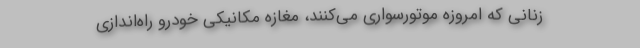
زنانی که امروزه موتورسواری می‌کنند، مغازه مکانیکی خودرو راه‌اندازی